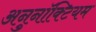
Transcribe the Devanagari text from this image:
अनुनॉक्टियम